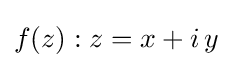
f(z):z=x+i\,y\;